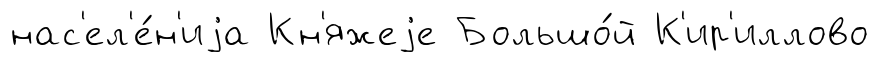
нас'ел'е́н'иjа Кн'яжеjе Большо́й К'ир'иллово